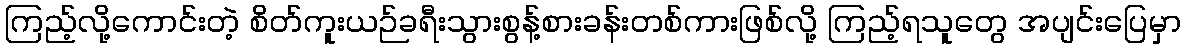
ကြည့်လို့ကောင်းတဲ့ စိတ်ကူးယဉ်ခရီးသွားစွန့်စားခန်းတစ်ကားဖြစ်လို့ ကြည့်ရသူတွေ အပျင်းပြေမှာ